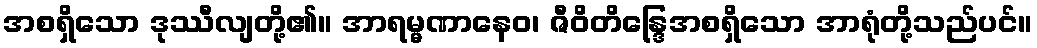
အစရှိသော ဒုဿီလျတို့၏။ အာရမ္မဏာနေဝ၊ ဇီဝိတိန္ဒြေအစရှိသော အာရုံတို့သည်ပင်။